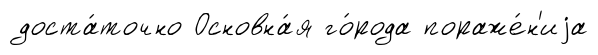
доста́точно Основна́я го́рода пораже́н'иjа